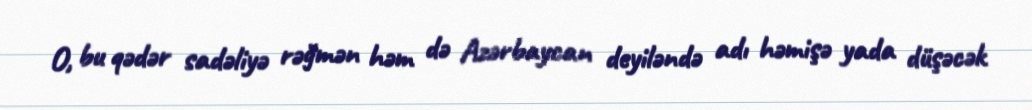
O, bu qədər sadəliyə rəğmən həm də Azərbaycan deyiləndə adı həmişə yada düşəcək